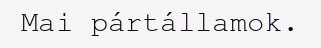
Mai pártállamok.